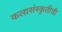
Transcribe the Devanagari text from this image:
कलासंस्कृतीची